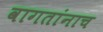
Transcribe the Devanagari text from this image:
वागतांनाच